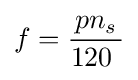
f={\frac {pn_{s}}{120\ }}